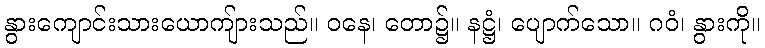
နွားကျောင်းသားယောကျ်ားသည်။ ဝနေ၊ တော၌။ နဋ္ဌံ၊ ပျောက်သော။ ဂဝံ၊ နွားကို။